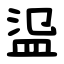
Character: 䀀